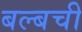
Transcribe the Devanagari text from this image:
बल्बची